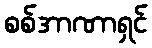
စစ်အာဏာရှင်